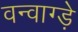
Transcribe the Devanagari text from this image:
वन्वाग्ड़े